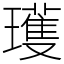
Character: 瓁